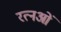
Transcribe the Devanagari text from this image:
रत्नओं